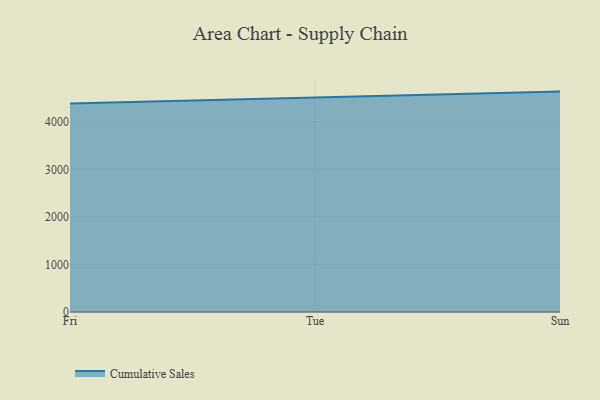
{"axis": {"x": "Day", "y": "Demand Index"}, "legend": ["Cumulative Sales"], "data": [{"x": "Fri", "y": 4384.9, "type": "Cumulative Sales"}, {"x": "Tue", "y": 4514.4, "type": "Cumulative Sales"}, {"x": "Sun", "y": 4633.6, "type": "Cumulative Sales"}]}